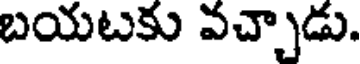
బయటకు వచ్చాడు.